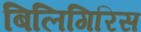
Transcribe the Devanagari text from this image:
बिलिगिरिस